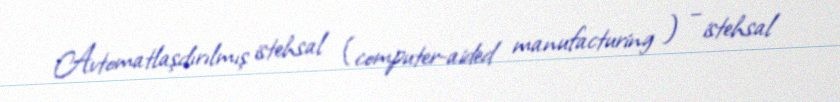
Avtomatlaşdırılmış istehsal (computer-aided manufacturing ) – istehsal